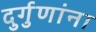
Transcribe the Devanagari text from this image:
दुर्गुणांना